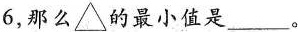
6，那么△的最小值是___。